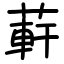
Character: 蓒